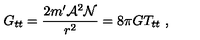
G _ { t t } = \frac { 2 m ^ { \prime } { \cal A } ^ { 2 } { \cal N } } { r ^ { 2 } } = 8 \pi G T _ { t t } \ ,